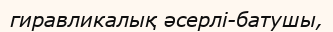
гиравликалық әсерлі-батушы,